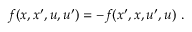
\boldsymbol { f } ( \boldsymbol { x } , \boldsymbol { x } ^ { \prime } , \boldsymbol { u } , \boldsymbol { u } ^ { \prime } ) = - \boldsymbol { f } ( \boldsymbol { x } ^ { \prime } , \boldsymbol { x } , \boldsymbol { u } ^ { \prime } , \boldsymbol { u } ) \ .